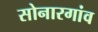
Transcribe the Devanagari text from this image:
सोनारगांव